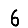
Digit: 6